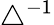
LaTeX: \triangle^{-1}